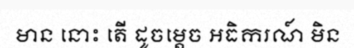
មាន នោះ តើ ដូចម្តេច អធិករណ៍ មិន